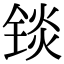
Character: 锬